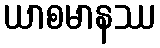
ယာစမာနဿ